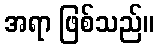
အရာ ဖြစ်သည်။